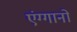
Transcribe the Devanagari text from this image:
एंग्गानो